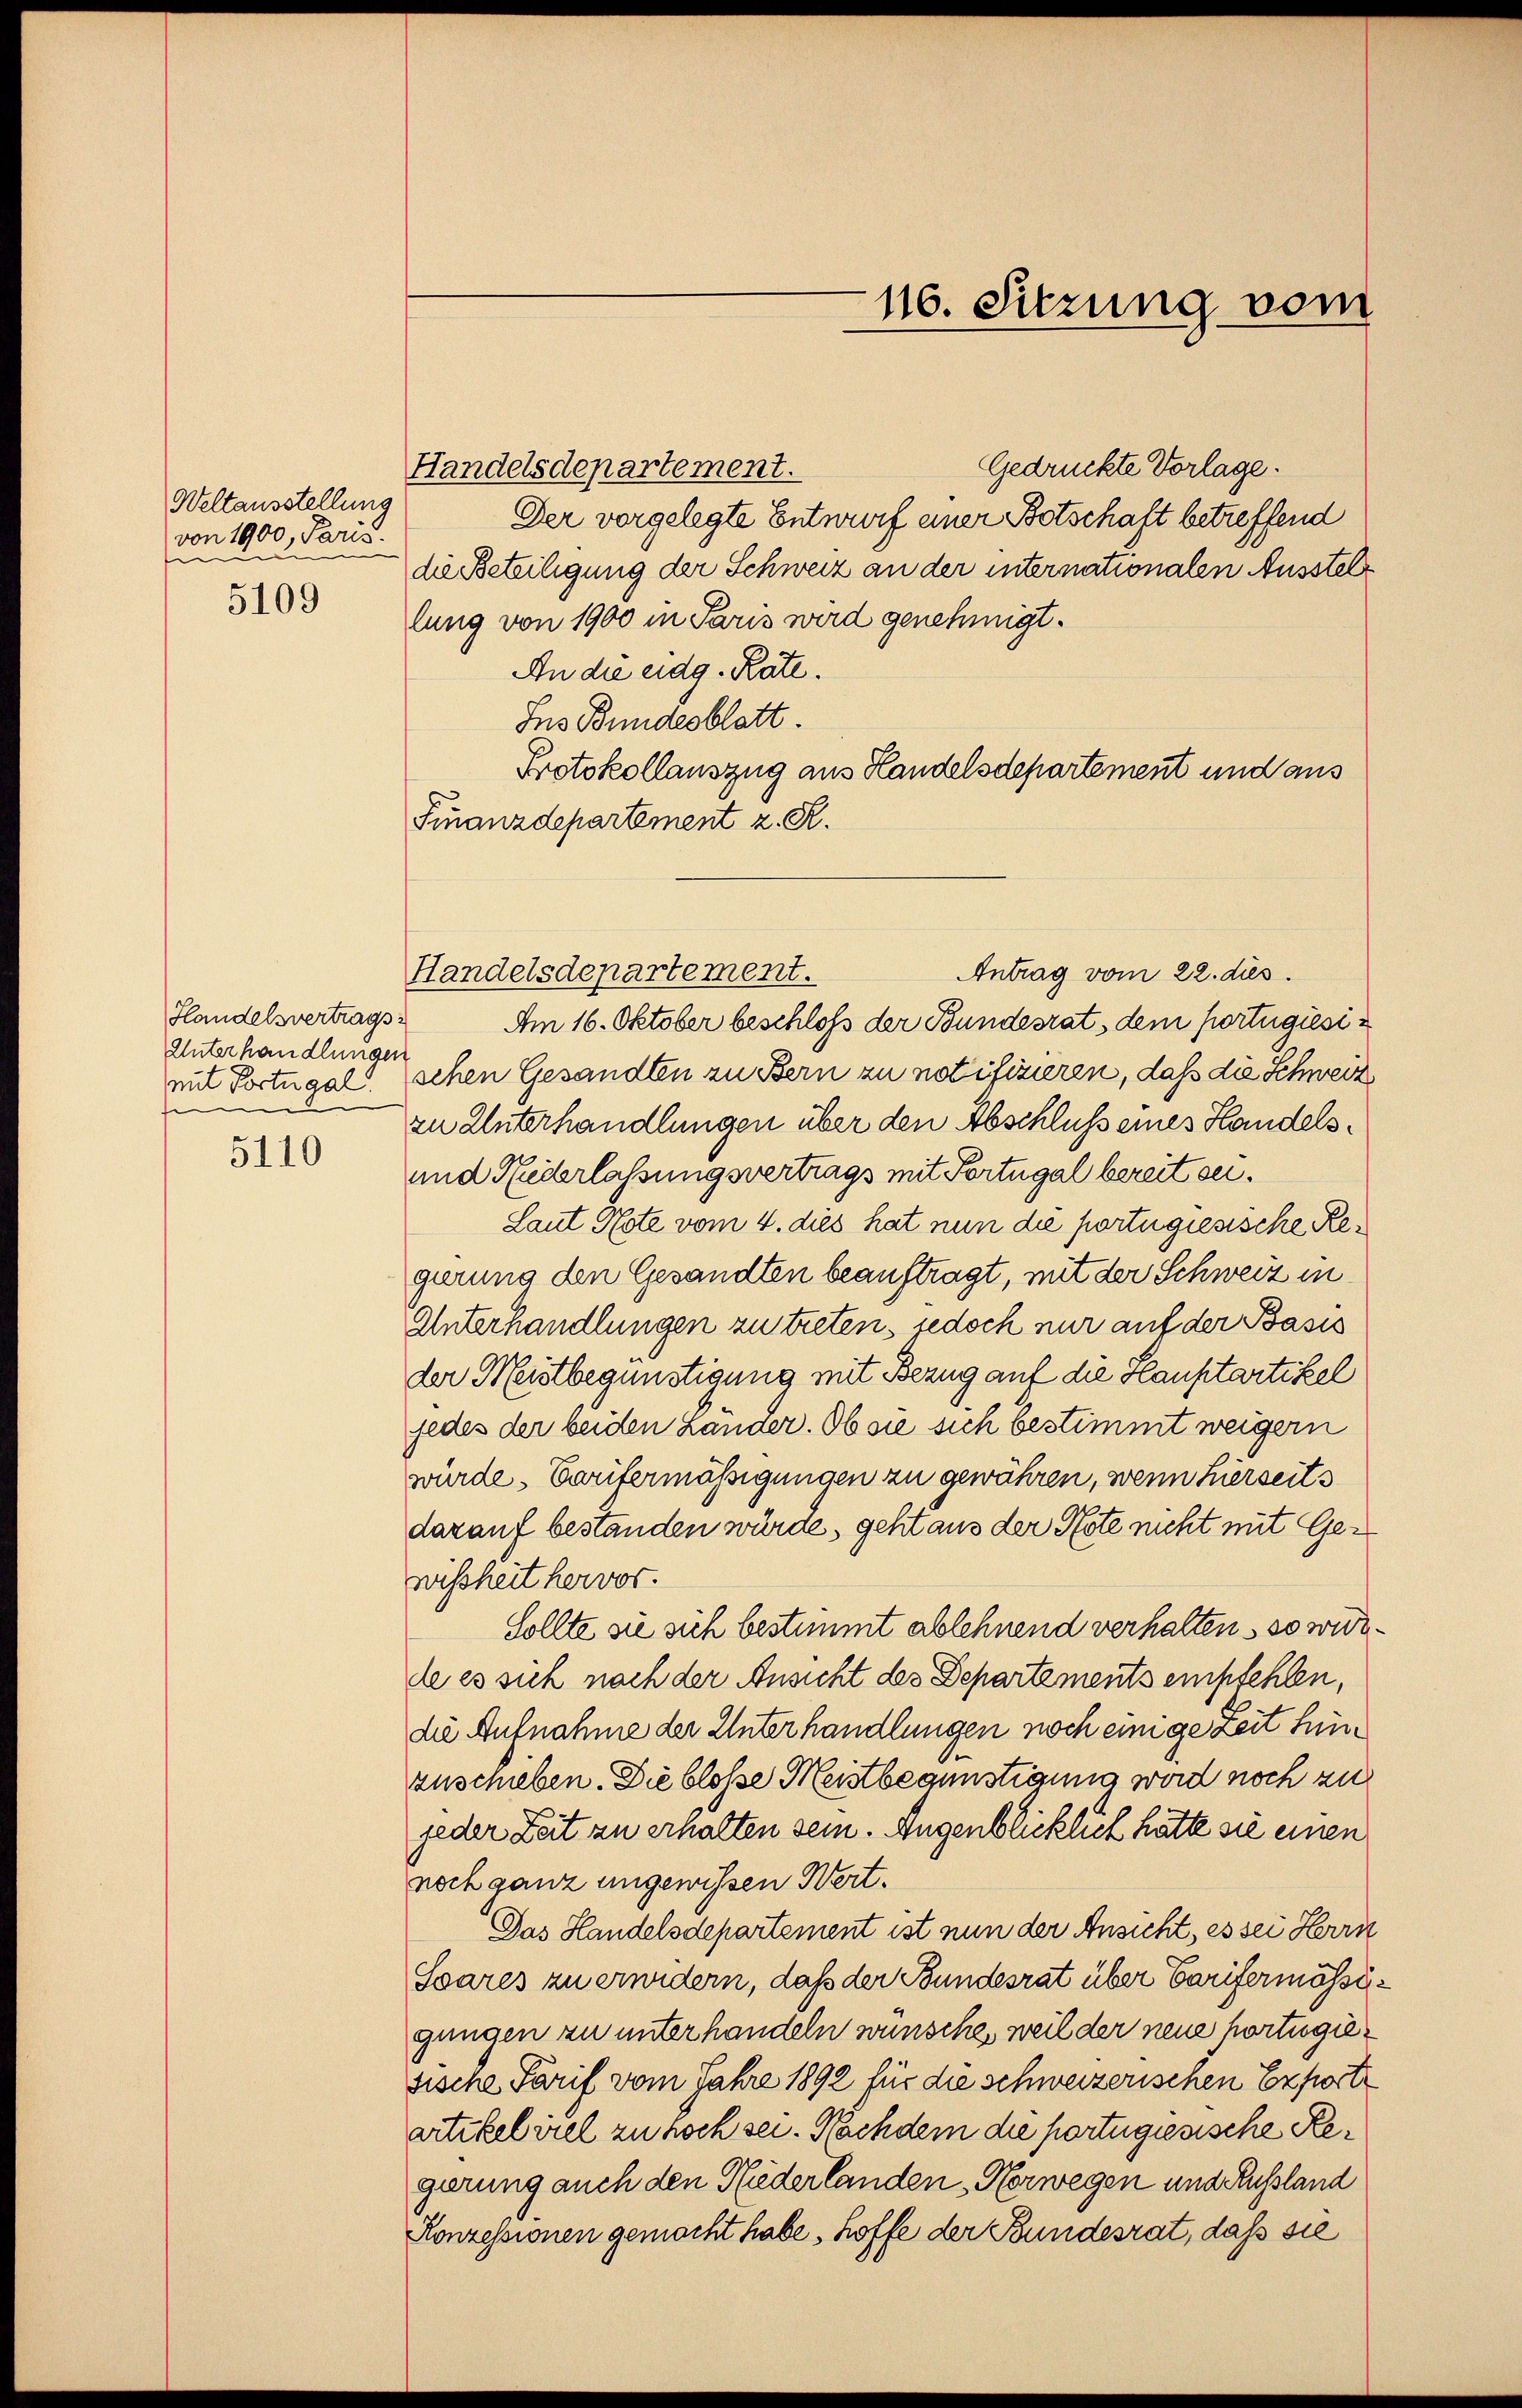
Weltausstellung
von 1900, Paris.
i
n

5109

Handelsvertrags
Unterhandlungen
e

5110

Handelsdepartement.

110. Sitzung vom

Gedrückte Vorlage.
Handelsdepartement.
Der vorgelegte Entwurf einer Botschaft betreffend
die Beteiligung der Schweiz an der internationalen Ausstellung von 1900 in Paris wird genehmigt.
An die eidg. Rate.
Jus Bundesblatt.
Protokollauszug aus Handelsdepartement und aus
Finanzdepartement z. R.
Antrag vom 22. dies
Am 16. Oktober beschloß der Bundesrat dem fortugiésimit Portugal. Schen Gesandten zu Bern zu notifizieren, daß die Schweiz
zu Unterhandlungen über den Abschluß eines Handels¬
und Rederlassungsvertrags mit Portugal bereit sei¬
Laut Note vom 4. dies hat nun die portugiesische Regierung den Gesandten beauftragt, mit der Schweiz in
Unterhandlungen zu treten, jedoch nur auf der Basis
der Meistbegünstigung mit Bezug auf die Hauptartikel
jedes der beiden Lander. Ob sie sich bestimmt weigern
würde, Caritermässigungen zu gewähren, wenn hierseits
darauf bestanden würde, geht aus der Note nicht mit Gewissheit hervor.
Sollte sie sich bestimmt ablehnend verhalten, so wied
de es sich nach der Ansicht des Departements empfehlen,
die Aufnahme der Unterhandlungen noch einige Zeit hinzuschieben. Die bloße Meistbegünstigung wird noch zu
jeder Zeit zu erhalten sein. Augenblicklich hätte sie einen
noch ganz angewissen Wert.
Das Handelsdepartement ist nun der Ansicht, es sei Herrn
Soares zu erwidern, daß der Bundesrat über Carifermässigungen zu unterhandeln wünsche, weil der neue portugiesische Parif vom Jahre 1892 für die schweizerischen Exporte
artikel viel zu noch sei. Nachdem die portugisische Regirung auch den Niederlanden Horwegen und Russland
Konzessionen gemacht habe, hoffe der Bundesrat, dass sie